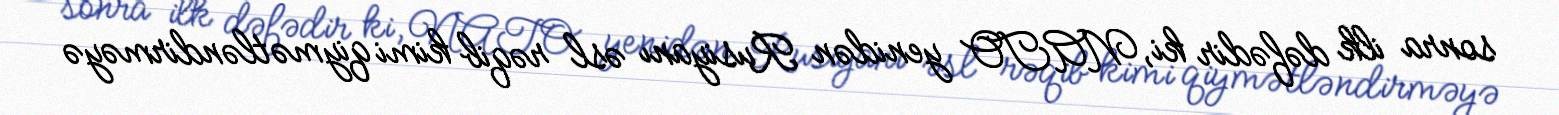
sonra ilk dəfədir ki, NATO yenidən Rusiyanı əsl rəqib kimi qiymətləndirməyə